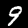
Label: 9